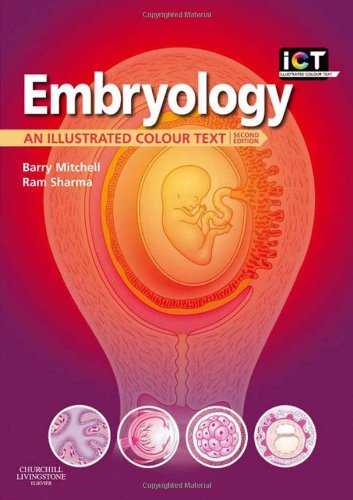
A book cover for Embryology: An Illustrated Colour Text, 2e; Barry Mitchell BSc  MSc  PhD  FIBMS  FIBiol; Medical Books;